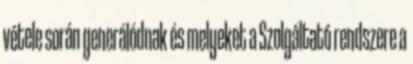
vétele során generálódnak és melyeket a Szolgáltató rendszere a